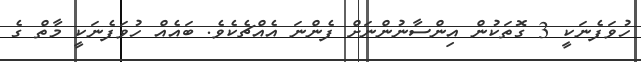
ހުވަފެނަކީ 3 ގޮތަކުން އިންސާނުންނަށް ފެންނަ އެއްޗެކެވެ. ބައެއް ހުވަފެނަކީ މާތް ގެ